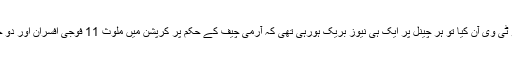
آج میں کسی کام کی وجہ سے اپنے شہر سے باہر تھا جب شام کو گھر پہنچا تو ٹی وی آن کیا تو ہر چینل پر ایک ہی نیوز بریک ہورہی تھی کہ آرمی چیف کے حکم پر کرپشن میں ملوث 11 فوجی افسران اور دو جوانوں کو برطرف کر کے ان کو دی جانے والی مراعات بھی واپس لے لی ہیں۔